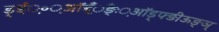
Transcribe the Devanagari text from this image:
ड़्ईं़॰़ऑब़्ँँँङ्ः़ऑड़्फ्ङीऊङ्ञ्